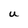
Character: U